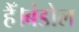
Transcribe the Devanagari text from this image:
हैँ।बंडोल